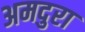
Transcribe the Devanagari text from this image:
अमदुरा